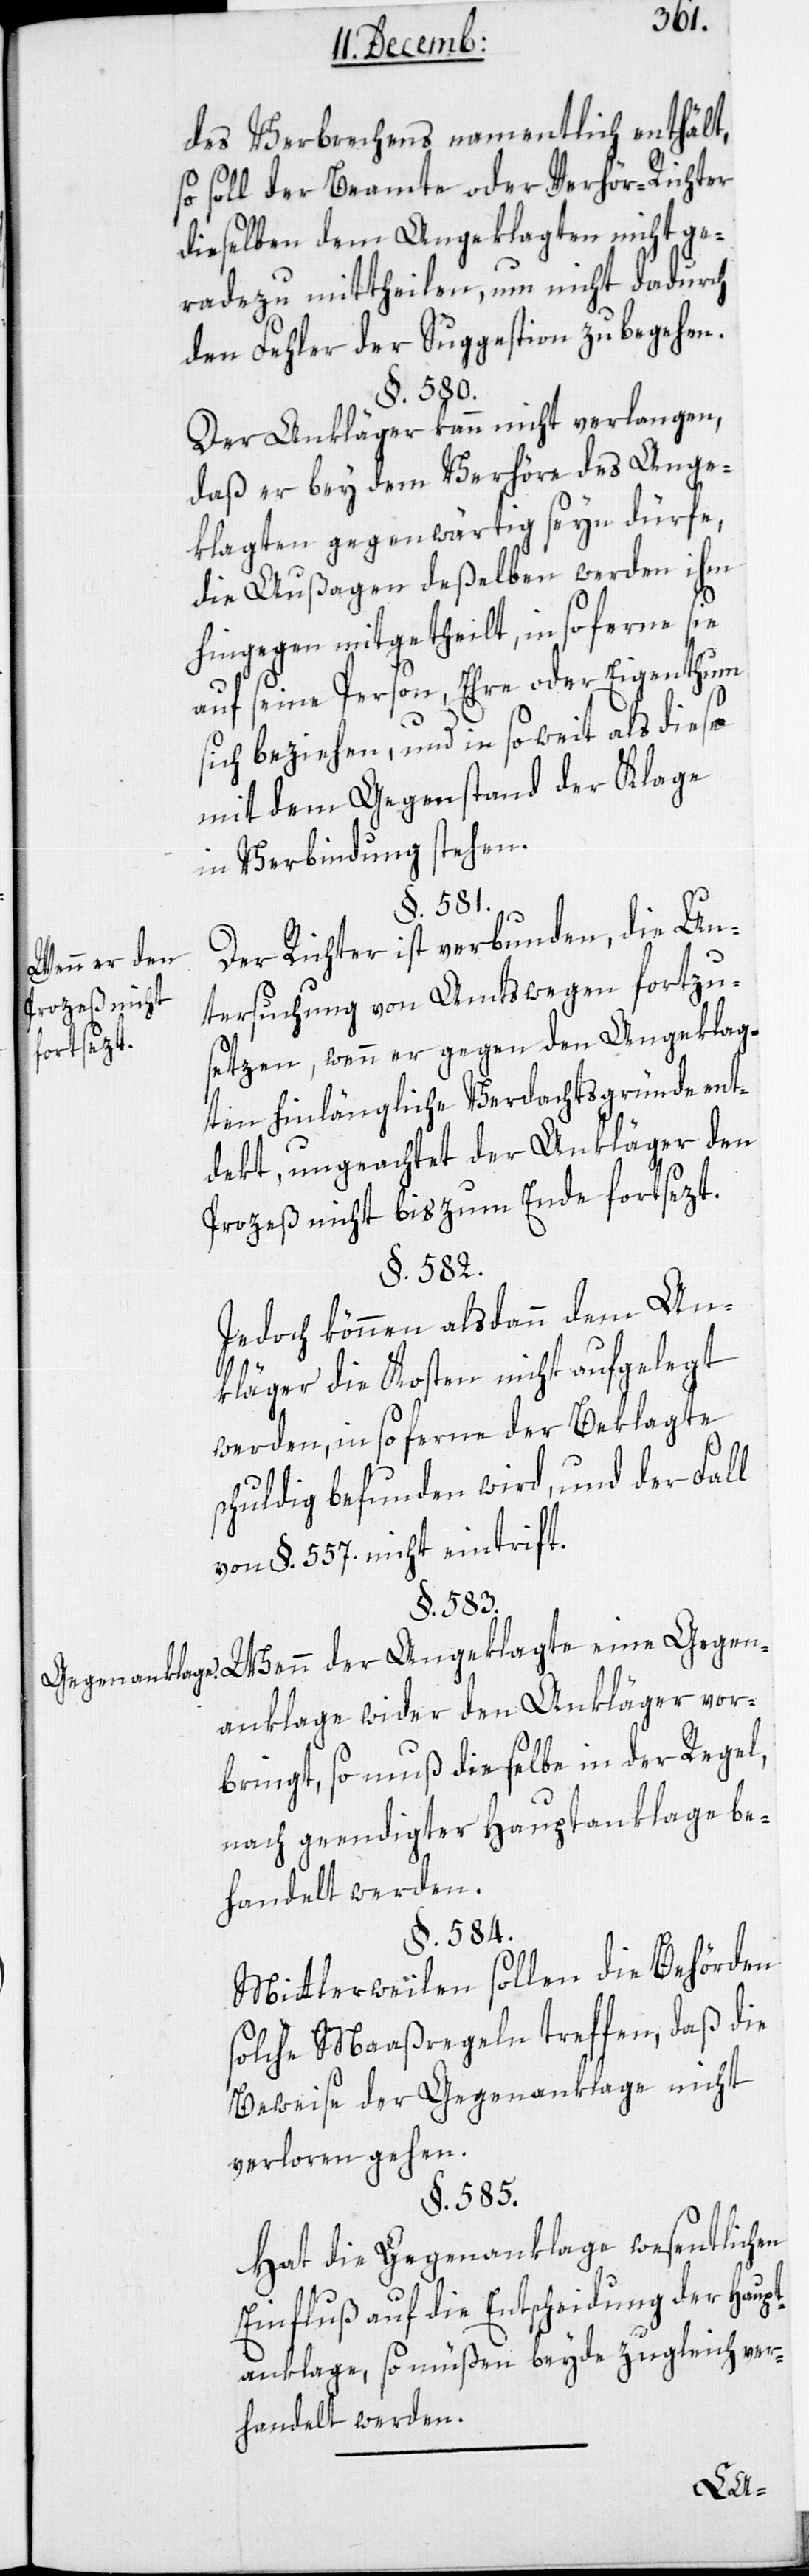
des Verbrechens namentlich enthält,
so soll der Beamte oder Verhör-Richter
dieselben dem Angeklagten nicht ge¬
radezu mittheilen, um nicht dadurch
den Fehler der Suggestion zu begehen.
§. 580.
Der Ankläger kann nicht verlangen,
daß er bey dem Verhöre des Ange¬
klagten gegenwärtig seyn dürfe,
die Außagen deßelben werden ihm
hingegen mitgetheilt, in so ferne sie
auf seine Person, Ehre oder Eigenthum
sich beziehen, und in so weit als diese
mit dem Gegenstand der Klage
in Verbindung stehen.
§. 581.
Der Richter ist verbunden, die Un¬
Wenn er den
tersuchung von Amtswegen fortzu¬
Prozeß nicht
fortsezt.
setzen, wenn er gegen den Angeklag¬
ten hinlängliche Verdachtsgründe ent¬
dekt, ungeachtet der Ankläger den
Prozeß nicht bis zum Ende fortsezt.
§. 582.
Jedoch können alsdann dem An¬
kläger die Kosten nicht aufgelegt
werden, in so ferne der Beklagte
schuldig befunden wird, und der Fall
von §. 557. nicht eintriff¬
Wenn der Angeklagte eine Gegen¬
anklage wider den Ankläger vor¬
bringt, so muß dieselbe in der Regel,
nach geendigter Hauptanklage be¬
handelt werden.
§. 584.
Mittlerweilen sollen die Behörden
solche Maaßregeln treffen, daß die
Beweise der Gegenanklage nicht
verloren gehen.
§. 585.
Hat die Gegenanklage wesentlichen
Einfluß auf die Entscheidung der Haupt¬
anklage, so müßen beyde zugleich ver¬
handelt werden.
t.